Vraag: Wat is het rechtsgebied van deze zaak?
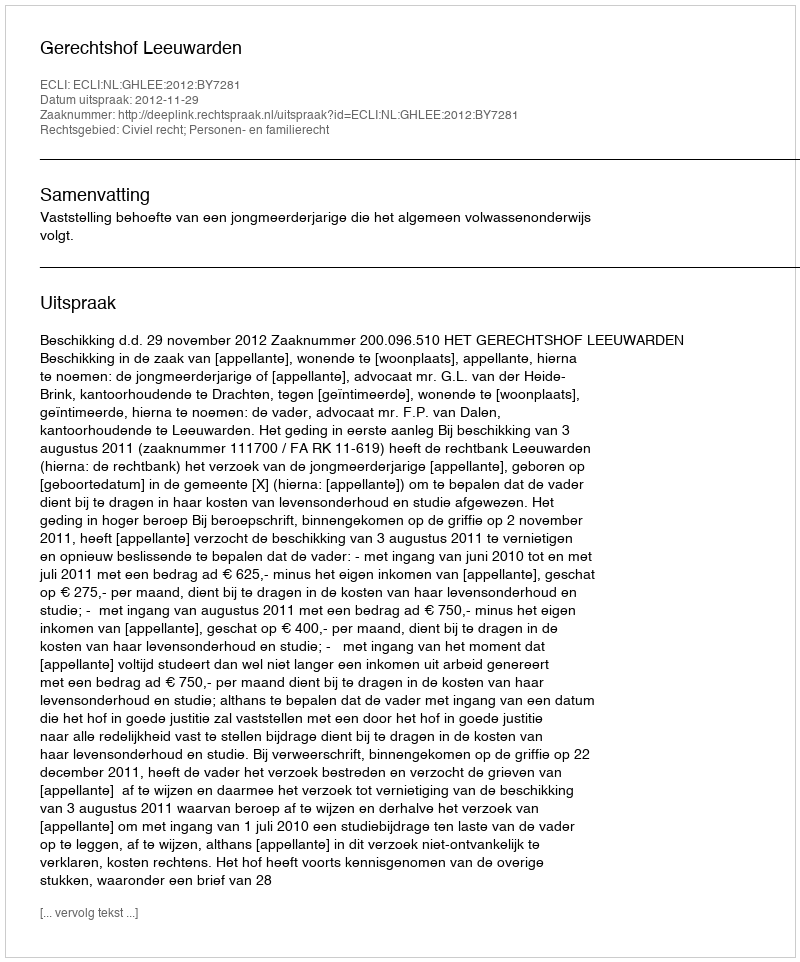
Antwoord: Civiel recht; Personen- en familierecht